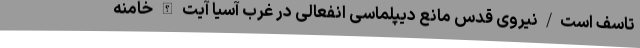
تاسف است/نیروی قدس مانع دیپلماسی انفعالی در غرب آسیا آیت الله خامنه